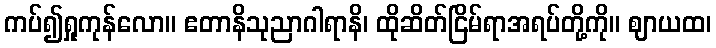
ကပ်၍ရှုကုန်လော။ ဧတာနိသုညာဂါရာနိ၊ ထိုဆိတ်ငြိမ်ရာအရပ်တို့ကို။ ဈာယထ၊